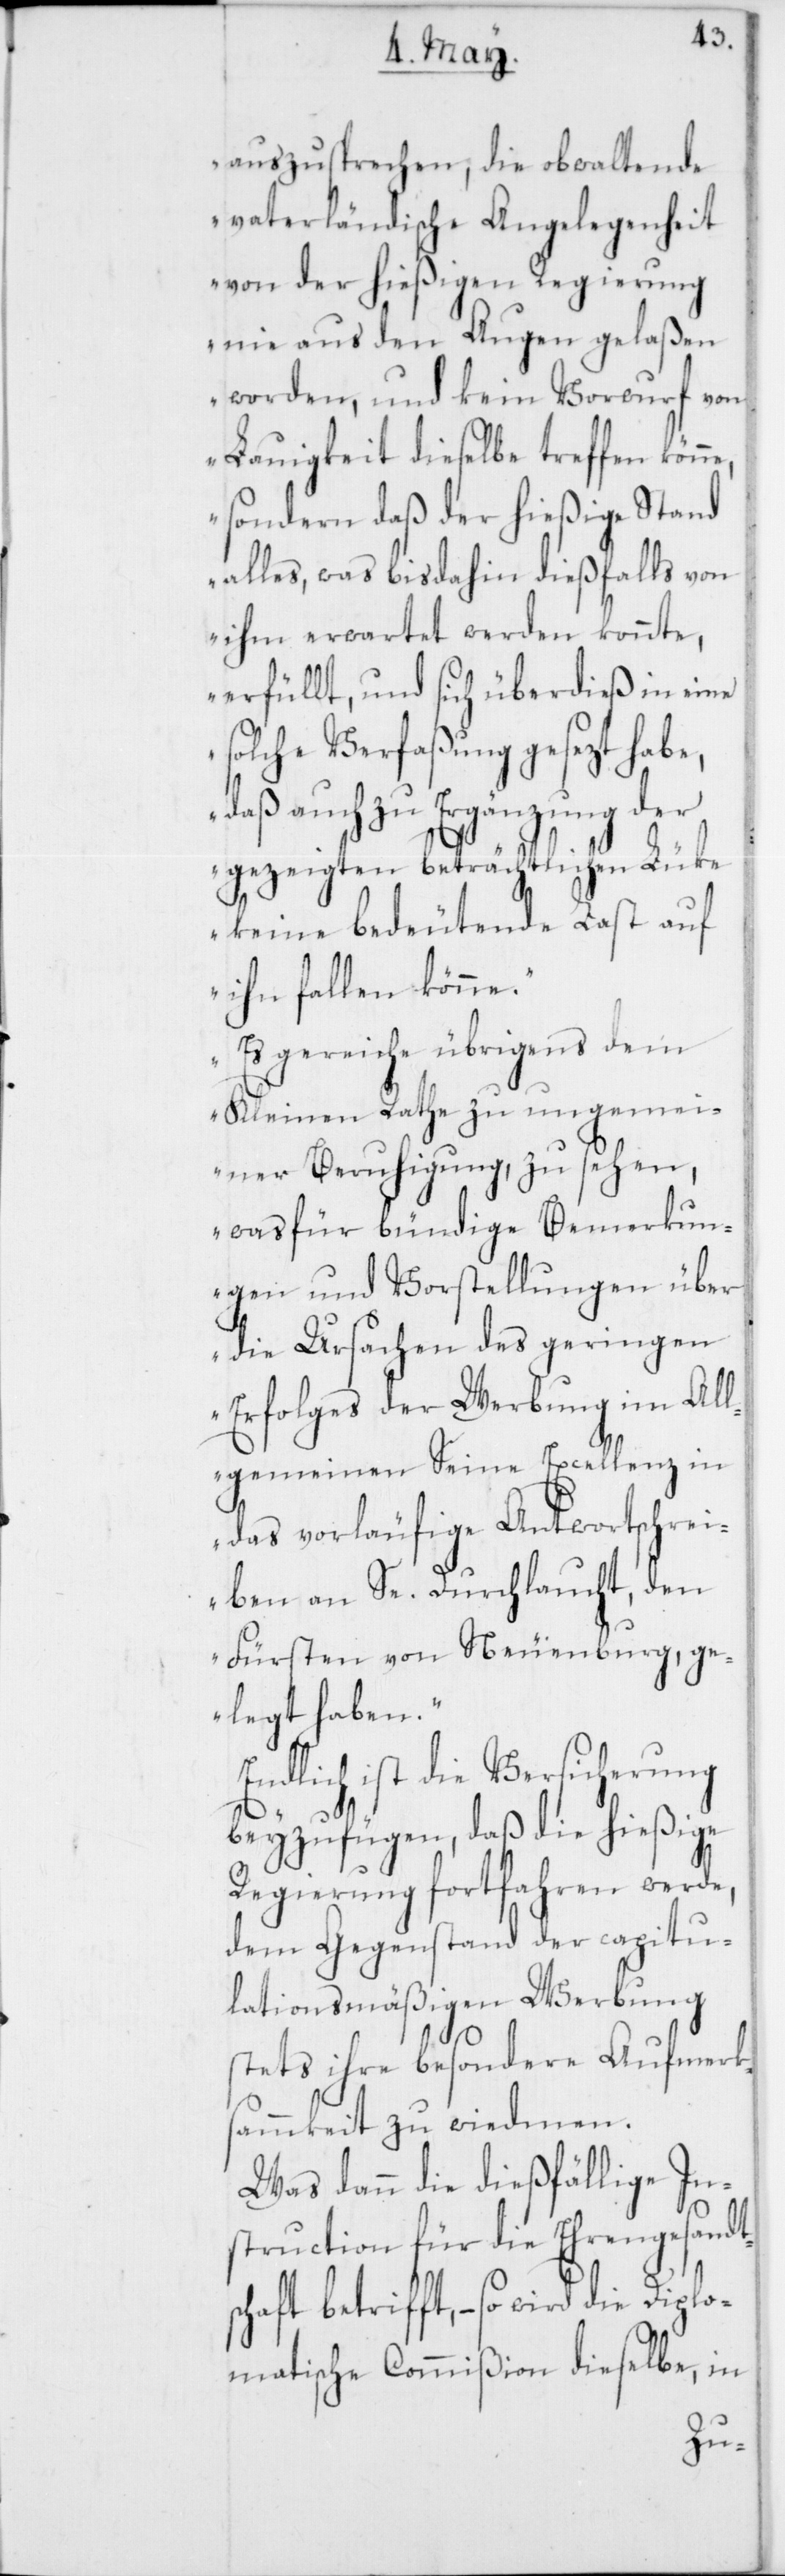
auszusprechen, die obwaltende
vaterländische Angelegenheit
von der hießigen Regierung
nie aus den Augen gelaßen
worden, und kein Vorwurf von
Lauigkeit dieselbe treffen kön¬
sondern daß der hießige Stand
alles, was bis dahin dießfalls von
ihm erwartet werden konnte,
erfüllt, und sich überdieß in eine
solche Verfaßung gesezt habe,
daß auch zu Ergänzung der
gezeigten beträchtlichen Lüke
keine bedeutende Last auf
ihn fallen könne.
Es gereiche übrigens dem
Kleinen Rathe zu ungemei¬
ner Beruhigung, zu sehen,
was für bündige Bemerkun¬
gen und Vorstellungen über
die Ursachen des geringen
Erfolges der Werbung im All¬
gemeinen Seine Excellenz in
das vorläufige Antwortschrei¬
ben an Se. Durchlaucht, den
Fürsten von Neuenburg, ge¬
legt haben.“
dlich ist die Versicherung
beyzufügen, daß die hießige
Regierung fortfahren werde,
dem Gegenstand der capitu¬
lationsmäßigen Werbung
stets ihre besondere Aufmerks¬
ammkeit zu widmen.
Was dann die dießfällige In¬
struction für die Ehrengesandts¬
chaft betrifft, – so wird die Diplo¬
matische Commißion dieselbe, in
En¬